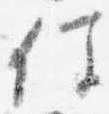
任